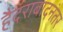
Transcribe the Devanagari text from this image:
हैदराबादनंतर